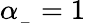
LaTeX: \alpha_{_-}=1